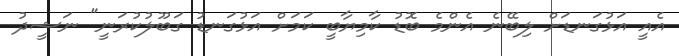
އެއީ އަޅުގަނޑަށް ލިބޭނެ އެންމެ ބޮޑު ކާމިޔާބީ ކަމަށް އަޅުގަނޑު ގަބޫލުކުރަނީ" ނަޝީދު